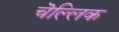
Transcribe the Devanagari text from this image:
चॆल्लिक